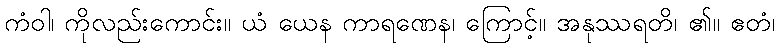
ကံဝါ၊ ကိုလည်းကောင်း။ ယံ ယေန ကာရဏေန၊ ကြောင့်။ အနုဿရတိ၊ ၏။ ဧတံ၊